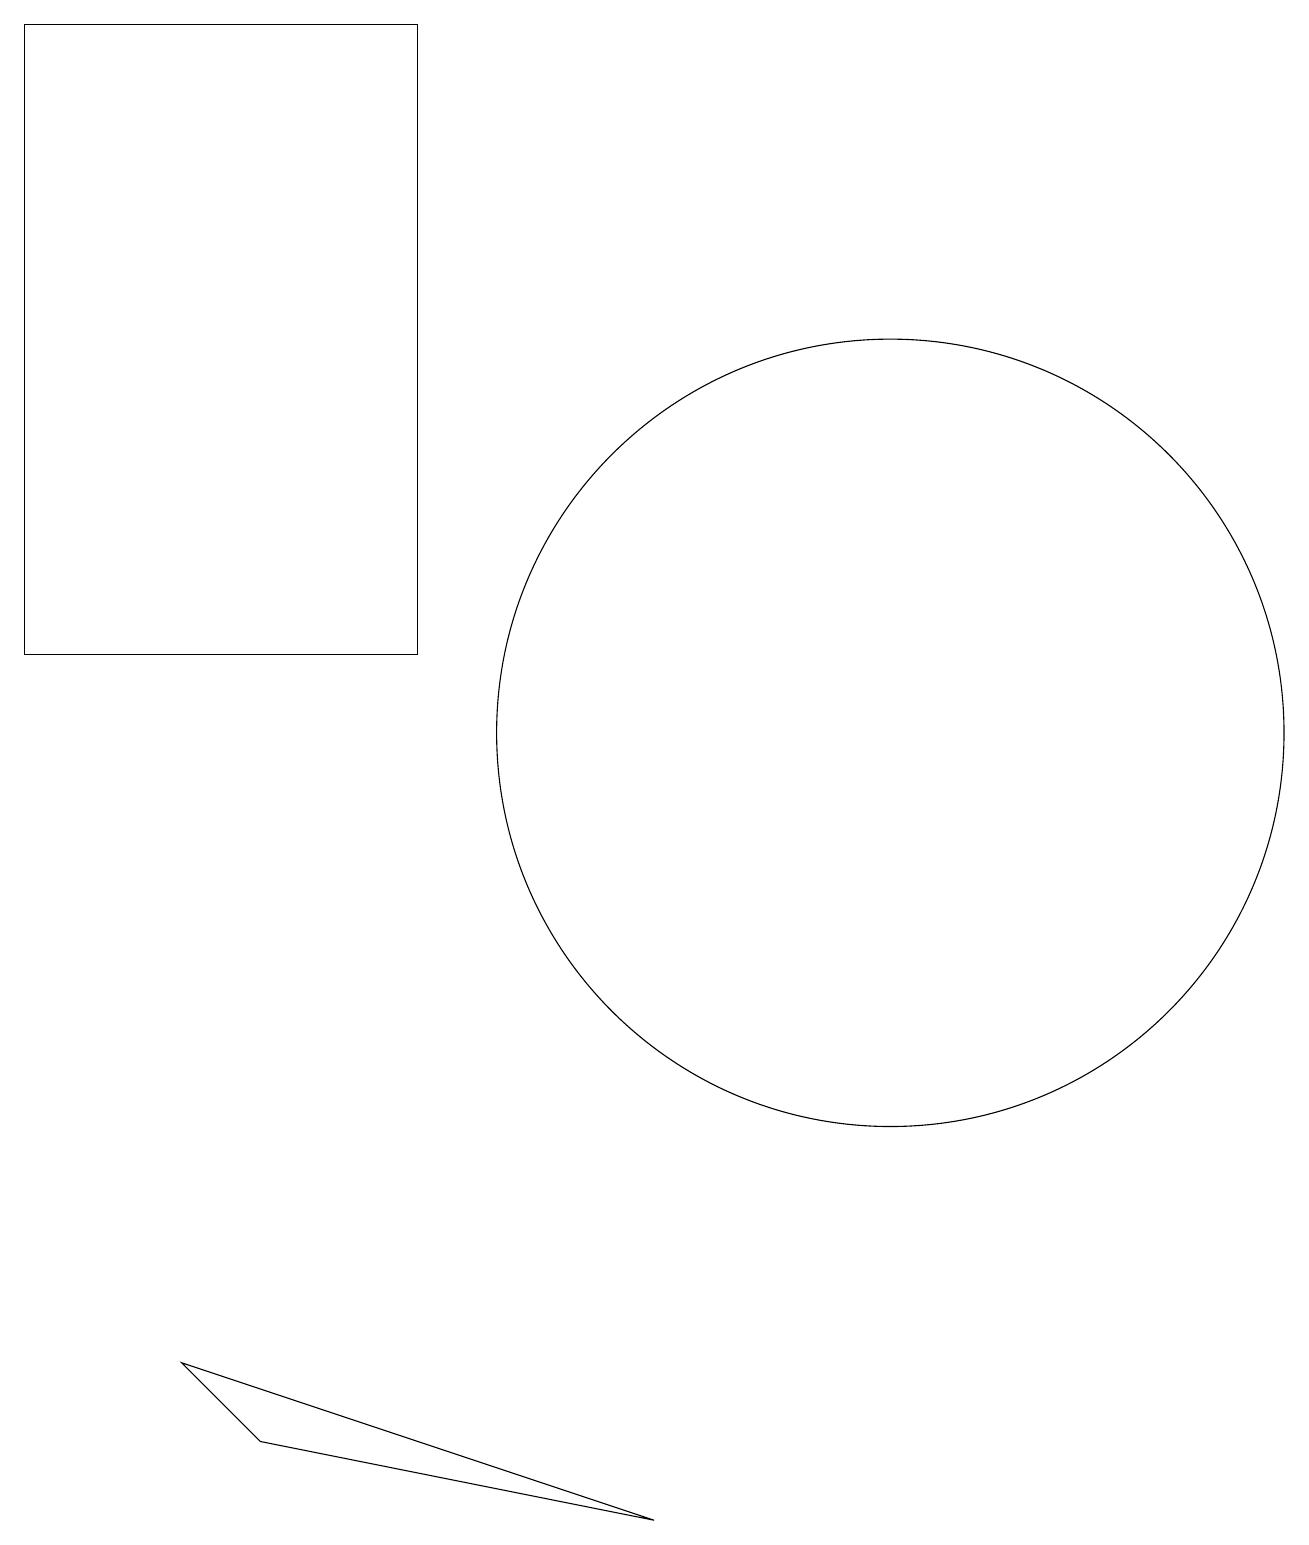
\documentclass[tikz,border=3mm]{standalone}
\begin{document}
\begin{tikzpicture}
\draw (11,10) circle (5);
\draw (8,0) -- (3,1) -- (2,2) -- cycle;
\draw (5,11) rectangle (0,19);
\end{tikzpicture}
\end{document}